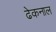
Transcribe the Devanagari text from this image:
ढेकनाल